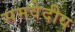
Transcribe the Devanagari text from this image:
समवेदीय